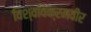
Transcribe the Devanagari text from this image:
विश्वविक्रमवीर